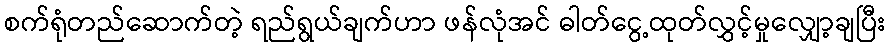
စက်ရုံတည်ဆောက်တဲ့ ရည်ရွယ်ချက်ဟာ ဖန်လုံအင် ဓါတ်ငွေ့ထုတ်လွှင့်မှုလျှော့ချပြီး